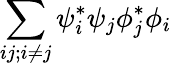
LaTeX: \sum_{ij;i\neq j}\psi_{i}^{*}\psi_{j}\phi_{j}^{*}\phi_{i}